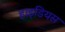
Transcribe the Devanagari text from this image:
हाइडियस